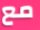
مع